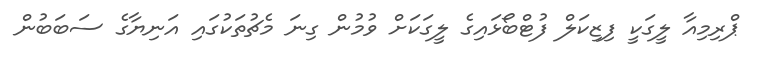
ޕްރިމިއާ ލީގަކީ ފިޒިކަލް ފުޓްބޯޅައިގެ ލީގަކަށް ވުމުން ގިނަ މެޗުތަކުގައި އަނިޔާގެ ސަބަބުން